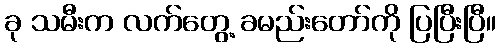
ခု သမီးက လက်တွေ့ ခမည်းတော်ကို ပြပြီးပြီ။